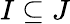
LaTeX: I\subseteq J